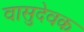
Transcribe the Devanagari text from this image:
वासुदेवक